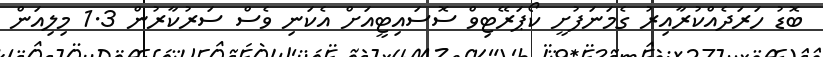
ބޮޑު ހަރަދެއްކުރާއިރު ގެމަނަފުށީ ކޯޕަރޭޓިވް ސޮސައިޓީއަށް އެކަނި ވެސް ސަރުކާރުން 1.3 މިލިއަން